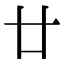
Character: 廿